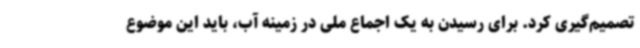
تصمیم‌گیری کرد. برای رسیدن به یک اجماع ملی در زمینه آب، باید این موضوع